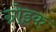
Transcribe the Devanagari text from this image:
ग्रोइक